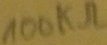
Text: 100kΩ